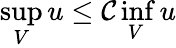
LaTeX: \operatorname*{sup}_{V}u\leq\mathcal{C}\operatorname*{inf}_{V}u